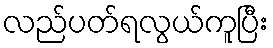
လည်ပတ်ရလွယ်ကူပြီး